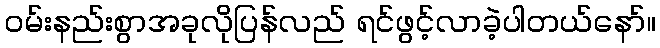
ဝမ်းနည်းစွာအခုလိုပြန်လည် ရင်ဖွင့်လာခဲ့ပါတယ်နော်။